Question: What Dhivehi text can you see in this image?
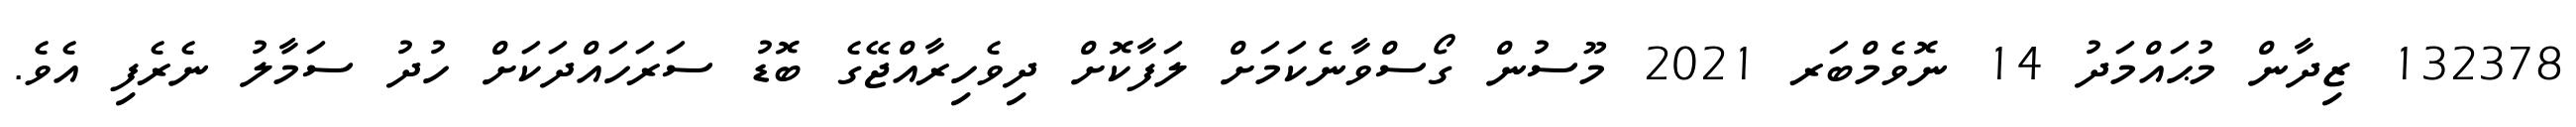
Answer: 132378 ޒިދާން މުޙައްމަދު 14 ނޮވެމްބަރ 2021 މޫސުން ގޯސްވާނެކަމަށް ލަފާކޮށް ދިވެހިރާއްޖޭގެ ބޮޑު ސަރަހައްދަކަށް ހުދު ސަމާލު ނެރެފި އެވެ.